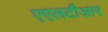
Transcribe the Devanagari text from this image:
एएलटीआर